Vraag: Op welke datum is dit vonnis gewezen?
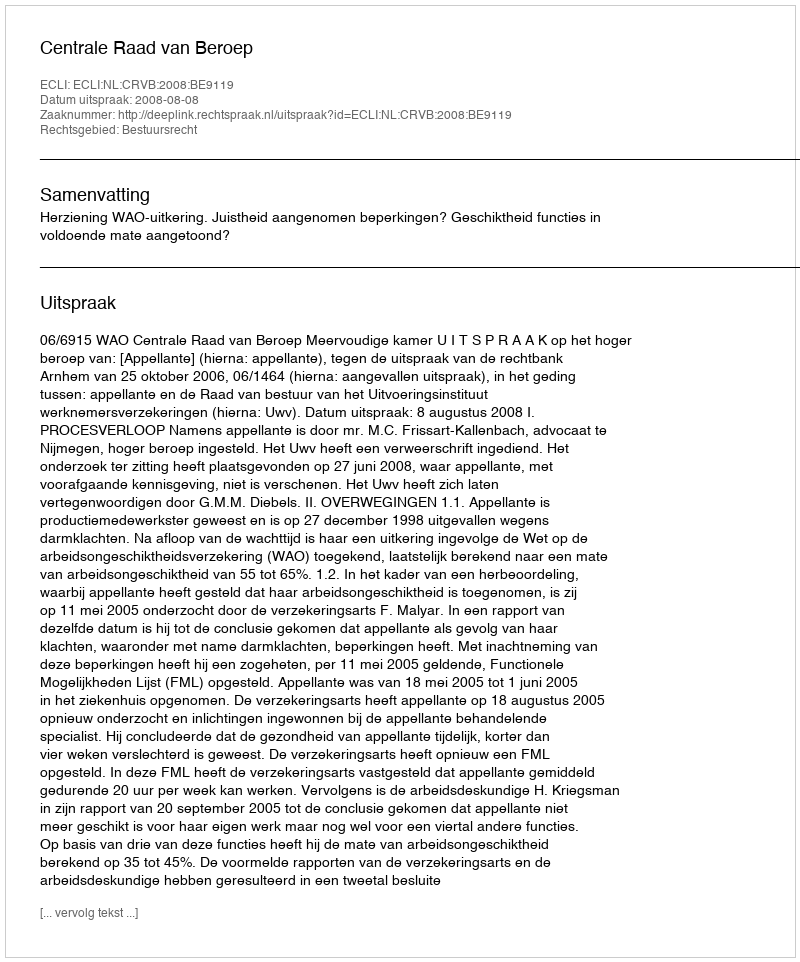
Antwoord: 2008-08-08